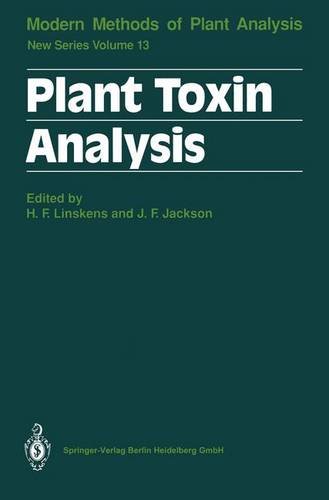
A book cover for Plant Toxin Analysis (Molecular Methods of Plant Analysis); Science & Math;